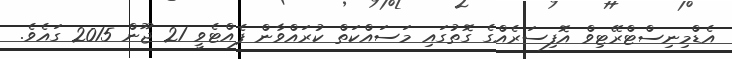
އެޑްމިނިސްޓްރޭޓިވް އޮފިސަރެއްގެ ގޮތުގައި މަސައްކަތް ކުރައްވާން ފެއްޓެވީ 21 ޖޫން 2015 ގައެވެ.